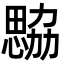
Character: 𢣢